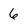
Character: 6